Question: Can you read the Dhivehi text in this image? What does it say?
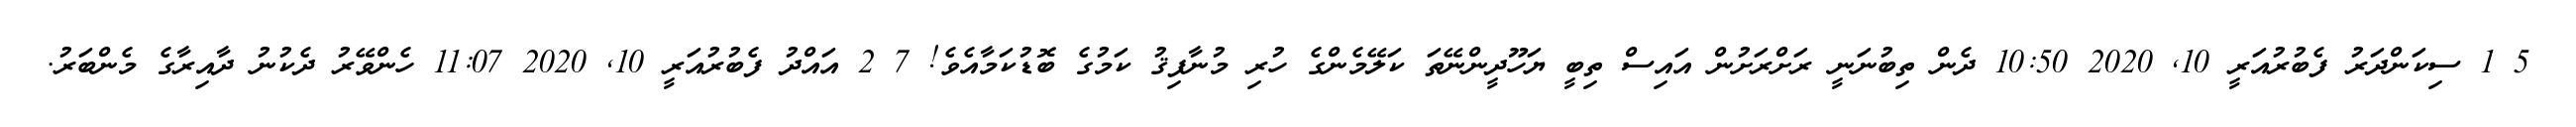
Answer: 5 1 ސިކަންދަރު ފެބުރުއަރީ 10, 2020 10:50 ދެން ތިބުނަނީ ރަށްރަށުން އައިސް ތިބީ ޔަހޫދީންނޭތަ ކަލޭމެންގެ ހުރި މުނާފިޤު ކަމުގެ ބޮޑުކަމާއެވެ! 7 2 އައްދު ފެބުރުއަރީ 10, 2020 11:07 ހެންވޭރު ދެކުނު ދާއިރާގެ މެންބަރު.